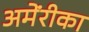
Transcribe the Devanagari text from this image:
अमेंरीका